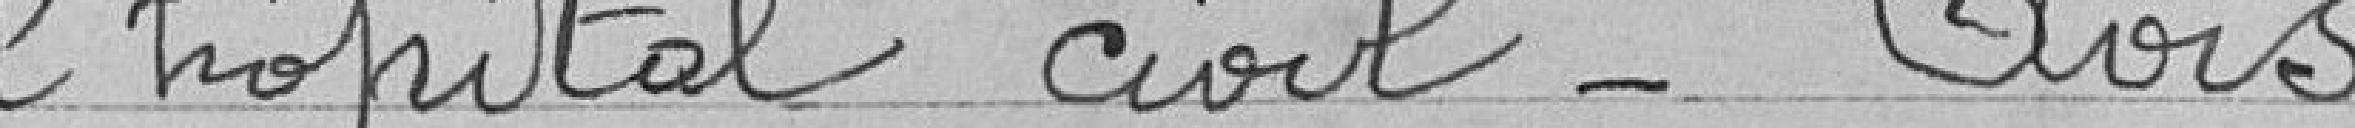
l'hôpital civil - Avis